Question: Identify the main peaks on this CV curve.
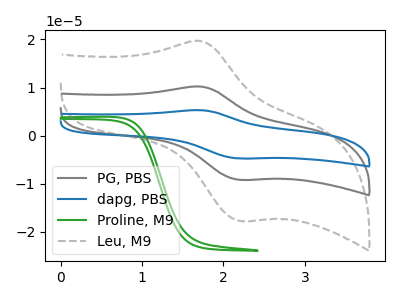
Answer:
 <answer>The gray curve "PG, PBS" has an anodic peak at (1.70V, 10.20uA) and a cathodic peak at (2.20V, -9.20uA). The blue curve "dapg, PBS" has an anodic peak at (1.70V, 20.40uA) and a cathodic peak at (2.20V, -18.40uA). The green curve "Proline, M9" has no peaks. The gray dashed curve "Leu, M9" has an anodic peak at (1.70V, 19.70uA) and a cathodic peak at (2.20V, -17.80uA).</answer>
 <eval></eval>